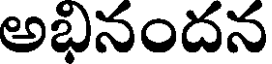
అభినందన